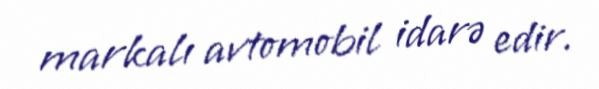
markalı avtomobil idarə edir.